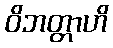
ဝိဘတ္တာဟိ